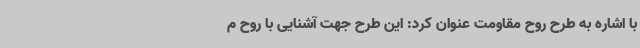
با اشاره به طرح روح مقاومت عنوان کرد: این طرح جهت آشنایی با روح م